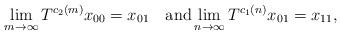
LaTeX: \begin{align*}\lim_{m\to\infty}T^{c_2(m)}x_{00}=x_{01} \quad\textup{and}\lim_{n\to\infty}T^{c_1(n)}x_{01}=x_{11},\end{align*}